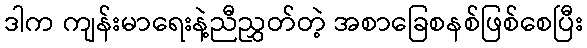
ဒါက ကျန်းမာရေးနဲ့ညီညွှတ်တဲ့ အစာခြေစနစ်ဖြစ်စေပြီး